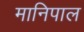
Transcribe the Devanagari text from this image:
मानिपाल